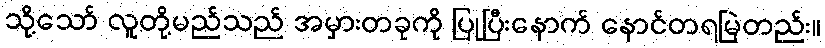
သို့သော် လူတို့မည်သည် အမှားတခုကို ပြုပြီးနောက် နောင်တရမြဲတည်း။